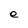
Character: e